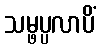
သမ္ဖပ္ပလာပိံ